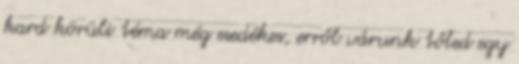
kard körüli téma még esedékes, erről várunk tőled egy